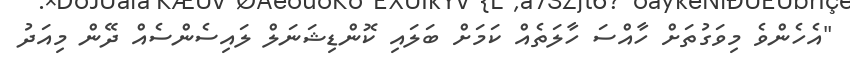
"އެހެންވެ މިވަގުތަށް ހާއްސަ ހާލަތެއް ކަމަށް ބަލައި ކޮންޑިޝަނަލް ލައިސެންސެއް ދޭން މިއަދު